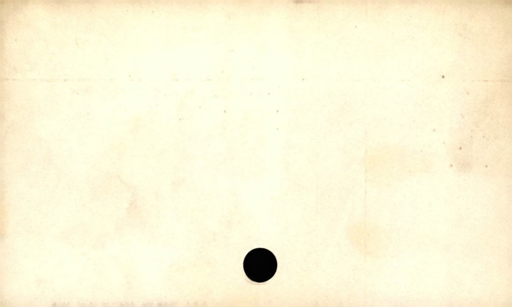
Label: blank